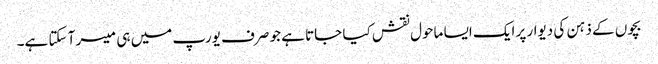
بچوں کے ذہن کی دیوار پر ایک ایسا ماحول نقش کیا جاتا ہے جو صرف یورپ میں ہی میسر آ سکتا ہے۔